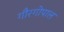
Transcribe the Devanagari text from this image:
गौरगोपाल